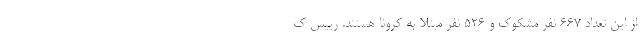
از این تعداد ۶۶۷ نفر مشکوک و ۵۲۶ نفر مبتلا به کرونا هستند. رییس ک